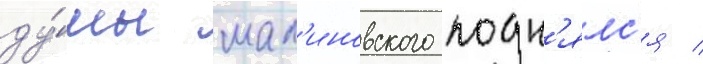
ду́мы мал'иновского подн'ялс'я /